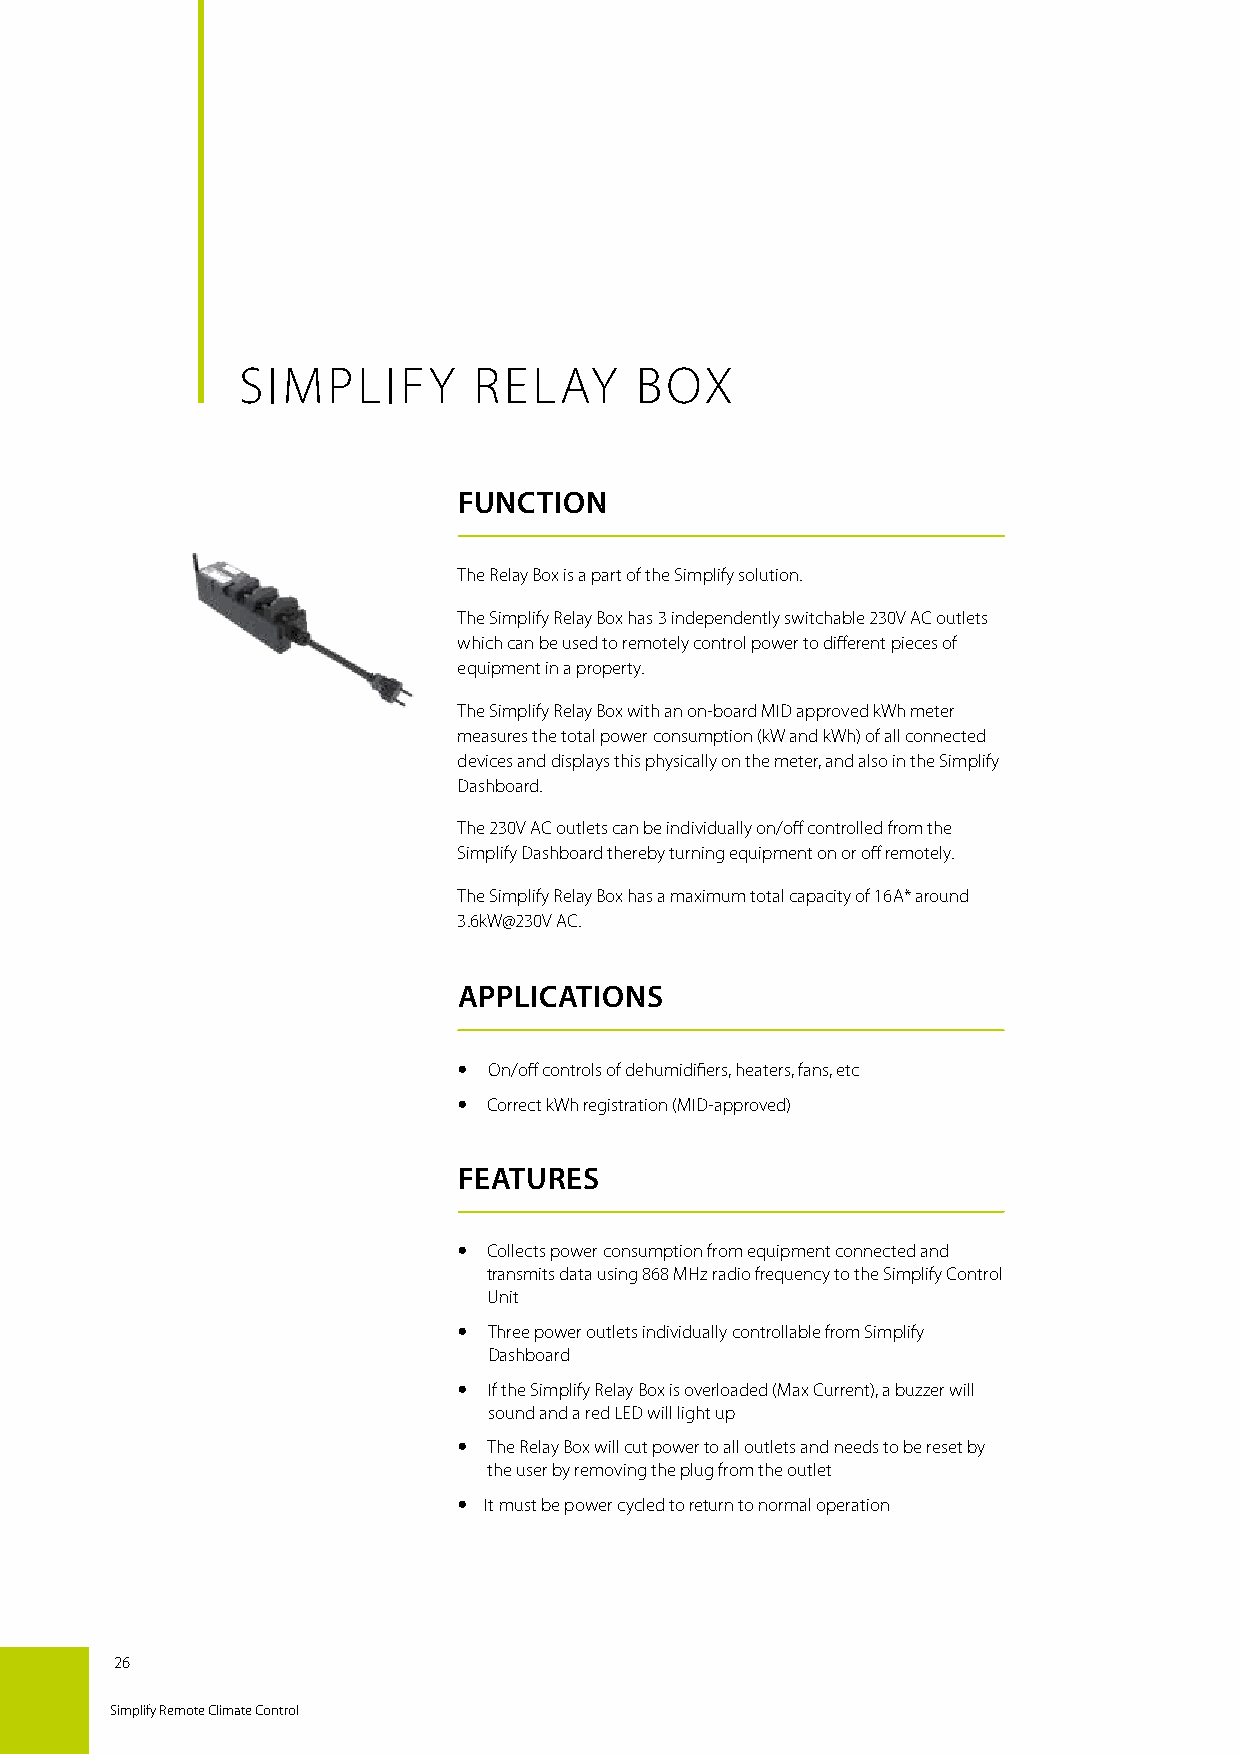
SIMPLIFY       RELAY      BOX
 FUNCTION
 The Relay Box is a part of the Simplify solution.
 The Simplify Relay Box has 3 independently switchable 230V AC outlets
 which can be used to remotely control power to different pieces of
 equipment in a property.
 The Simplify Relay Box with an on-board MID approved kWh meter
 measures the total power consumption (kW and kWh) of all connected
 devices and displays this physically on the meter, and also in the Simplify
 Dashboard.
 The 230V AC outlets can be individually on/off controlled from the
 Simplify Dashboard thereby turning equipment on or off remotely.
 The Simplify Relay Box has a maximum total capacity of 16A* around
 3.6kW@230V AC.
 APPLICATIONS
  On/off controls of dehumidifiers, heaters, fans, etc
  Correct kWh registration (MID-approved)
 FEATURES
  Collects power consumption from equipment connected and
 transmits data using 868 MHz radio frequency to the Simplify Control
 Unit
  Three power outlets individually controllable from Simplify
 Dashboard
  If the Simplify Relay Box is overloaded (Max Current), a buzzer will
 sound and a red LED will light up
  The Relay Box will cut power to all outlets and needs to be reset by
 the user by removing the plug from the outlet
  It must be power cycled to return to normal operation
 26
 Simplify Remote Climate Control